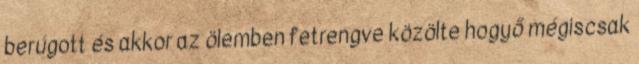
berúgott és akkor az ölemben fetrengve közölte hogyő mégiscsak